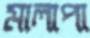
মালাপা